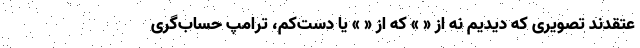
عتقدند تصویری که دیدیم نه از « » که از « » یا دست‌کم، ترامپِ حساب‌گری